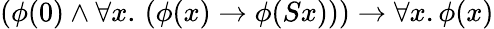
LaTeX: (\phi(0)\land\forall x.\, (\phi(x)\to\phi(Sx)))\to\forall x.\phi(x)